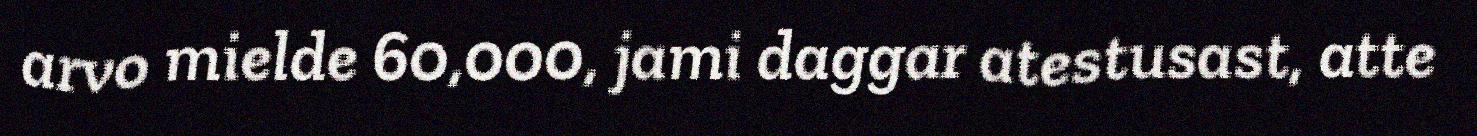
arvo mielde 60,000, jami daggar atestusast, atte